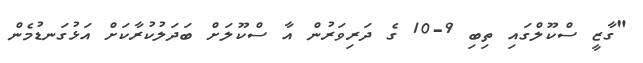
"ގާޒީ ސްކޫލްގައި ތިބި 9-10 ގެ ދަރިވަރުން އާ ސްކޫލަށް ބަދަލުކުރާކަށް އަޅުގަނޑުމެން